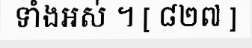
ទាំងអស់ ។ [ ៨២៧ ]